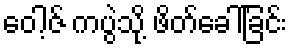
ဝေါ့ဇ် ကပွဲသို့ ဖိတ်ခေါ်ခြင်း